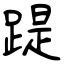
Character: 踶